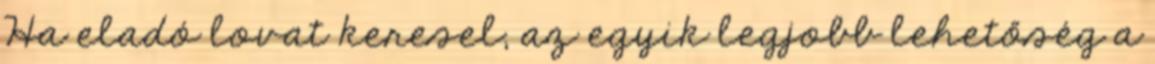
Ha eladó lovat keresel, az egyik legjobb lehetőség a